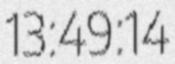
13:49:14